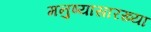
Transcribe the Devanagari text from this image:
मनुष्यासारख्या